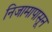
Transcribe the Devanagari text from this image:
निजामापासून